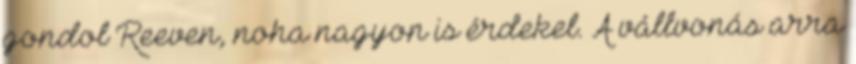
gondol Reeven, noha nagyon is érdekel. A vállvonás arra